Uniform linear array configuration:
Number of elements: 16
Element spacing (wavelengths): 1
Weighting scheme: binomial
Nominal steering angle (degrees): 45
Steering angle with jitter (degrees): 46.218
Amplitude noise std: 0.05
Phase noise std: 0.05

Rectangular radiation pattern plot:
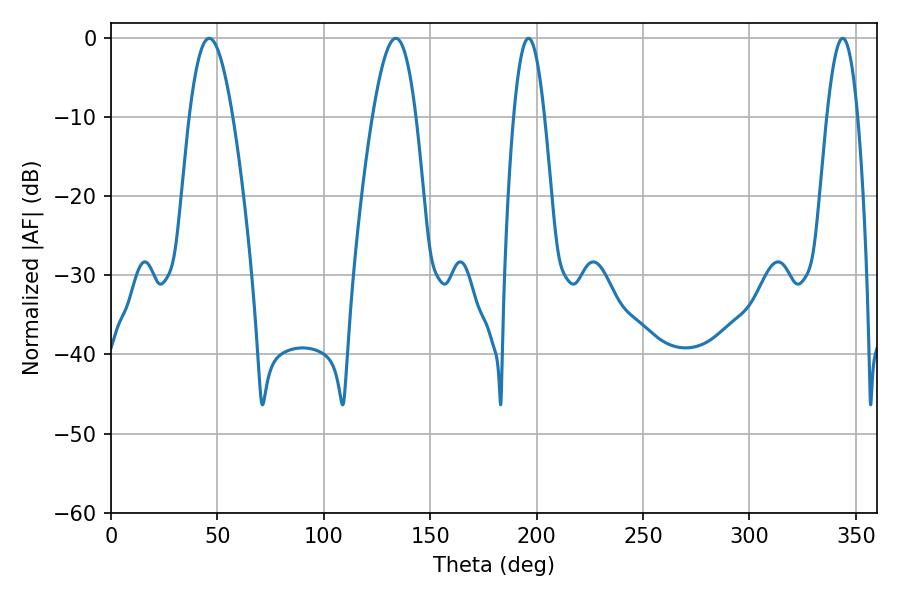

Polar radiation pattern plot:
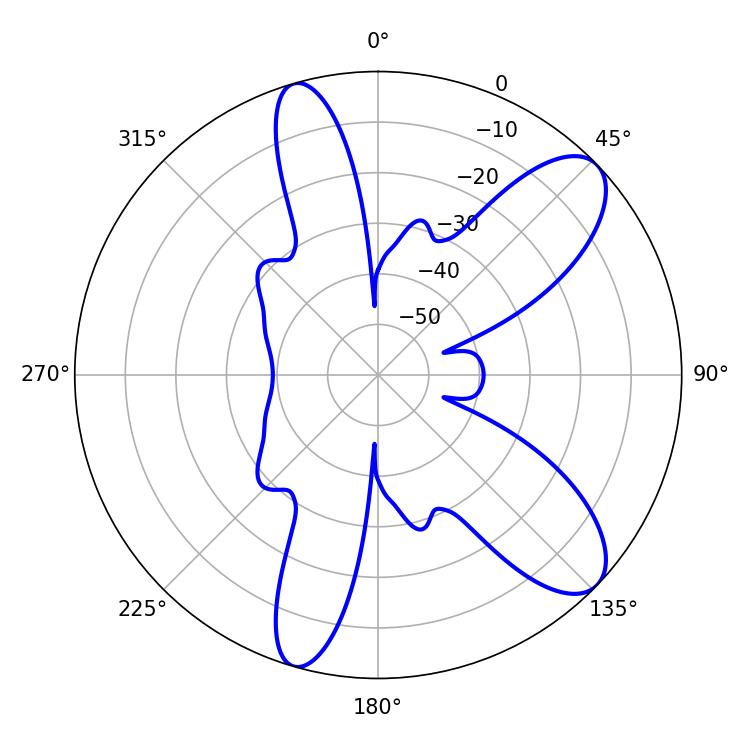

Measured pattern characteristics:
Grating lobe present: TRUE
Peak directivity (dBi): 9.61
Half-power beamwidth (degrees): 7.92
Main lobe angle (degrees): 196.2